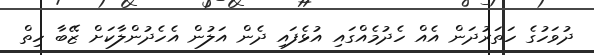
ދުވަހުގެ ހަތަރުދަން އެއް ހެދުމެއްގައި އުޅެފައި ދެން އަލުން އެހެދުންލާކަށް ޒޭބާ ހިތް